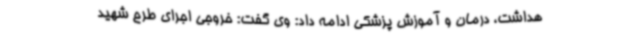
هداشت، درمان و آموزش پزشکی ادامه داد: وی گفت: خروجی اجرای طرح شهید